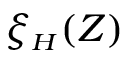
\xi _ { { \scriptscriptstyle H } } ( Z )